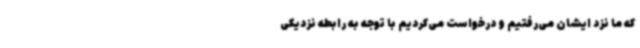
که ما نزد ایشان می‌رفتیم و درخواست می‌کردیم با توجه به رابطه نزدیکی